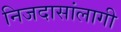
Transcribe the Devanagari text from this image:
निजदासांलागी